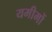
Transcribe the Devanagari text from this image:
यमीमों